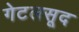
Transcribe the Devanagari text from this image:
गेटलसूद